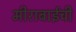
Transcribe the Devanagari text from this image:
मीराबाईंची